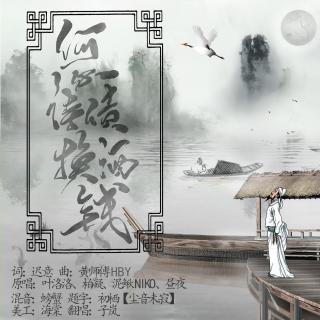
此生只是偿诗债，白菊开时最不眠。